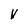
Character: v